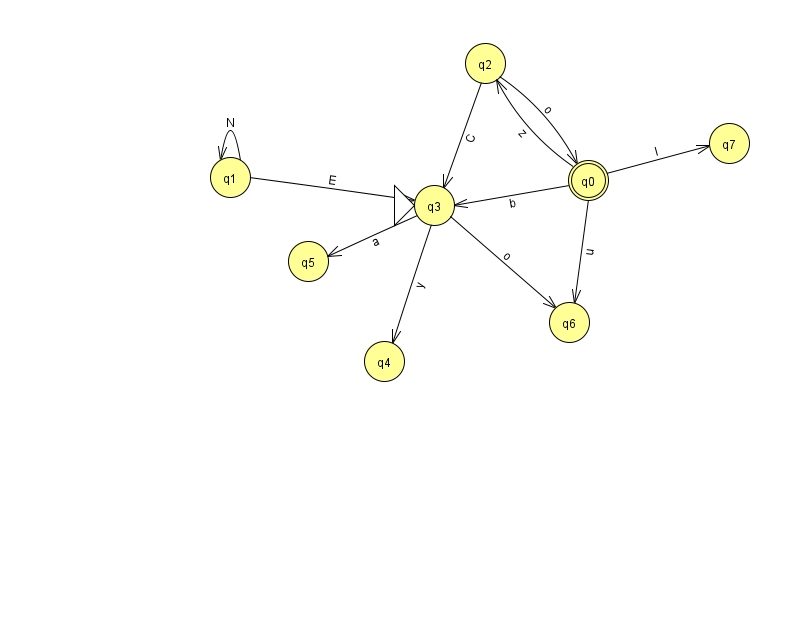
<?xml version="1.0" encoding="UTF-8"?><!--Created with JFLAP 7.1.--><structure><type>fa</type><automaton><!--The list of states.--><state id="0" name="q0"><x>588.0</x><y>167.0</y><final/></state><state id="1" name="q1"><x>230.0</x><y>164.0</y></state><state id="2" name="q2"><x>485.0</x><y>50.0</y></state><state id="3" name="q3"><x>434.0</x><y>192.0</y><initial/></state><state id="4" name="q4"><x>384.0</x><y>348.0</y></state><state id="5" name="q5"><x>308.0</x><y>248.0</y></state><state id="6" name="q6"><x>569.0</x><y>309.0</y></state><state id="7" name="q7"><x>729.0</x><y>130.0</y></state><!--The list of transitions.--><transition><from>3</from><to>4</to><read>y</read></transition><transition><from>3</from><to>6</to><read>o</read></transition><transition><from>0</from><to>6</to><read>u</read></transition><transition><from>2</from><to>0</to><read>o</read></transition><transition><from>2</from><to>3</to><read>C</read></transition><transition><from>3</from><to>5</to><read>a</read></transition><transition><from>0</from><to>7</to><read>l</read></transition><transition><from>1</from><to>1</to><read>N</read></transition><transition><from>1</from><to>3</to><read>E</read></transition><transition><from>0</from><to>2</to><read>z</read></transition><transition><from>0</from><to>3</to><read>b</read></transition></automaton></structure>